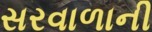
સરવાળાની